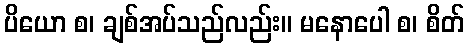
ပိယော စ၊ ချစ်အပ်သည်လည်း။ မနောပေါ စ၊ စိတ်